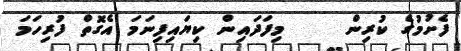
ފެށުމުގެ ކުރިން     މިފަދައިން ކިޔައިފިނަމަ އެގޮތް ފުރިހަމަ